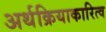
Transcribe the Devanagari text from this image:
अर्थक्रियाकारित्व